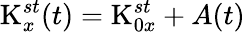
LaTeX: \textrm{K}_{x}^{st}(t)=\textrm{K}_{0x}^{st}+\textit{A}(t)